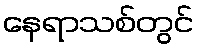
နေရာသစ်တွင်